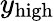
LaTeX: y_{\textup{high}}